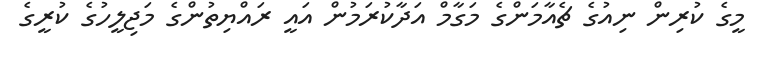
މީގެ ކުރިން ނިއުގެ ޗެއާމަންގެ މަގާމް އަދާކުރަމުން އައީ ރައްޔިތުންގެ މަޖިލީހުގެ ކުރީގެ